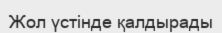
Жол үстінде қалдырады